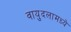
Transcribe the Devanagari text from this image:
वायुदलामध्ये